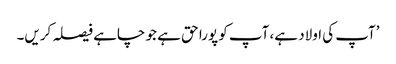
’آپ کی اولاد ہے، آپ کو پورا حق ہے جو چاہے فیصلہ کریں۔